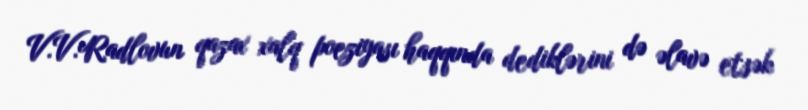
V.V.Radlovun qazax xalq poeziyası haqqında dediklərini də əlavə etsək